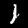
Label: 1